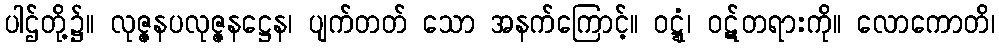
ပါဌ်တို့၌။ လုဇ္ဇနပလုဇ္ဇနဋ္ဌေန၊ ပျက်တတ် သော အနက်ကြောင့်။ ဝဋ္ဋံ၊ ဝဋ်တရားကို။ လောကောတိ၊